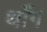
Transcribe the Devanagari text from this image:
थाँग